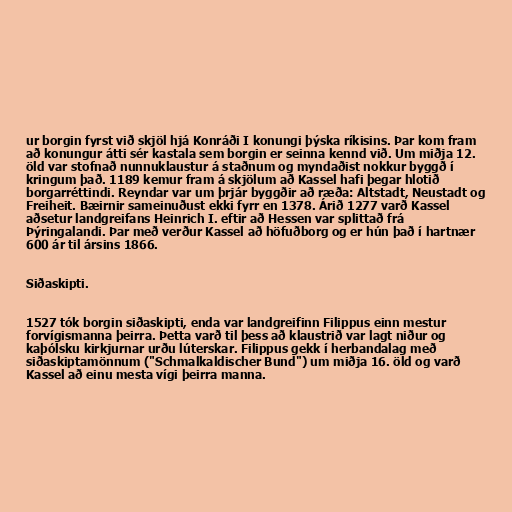
ur borgin fyrst við skjöl hjá Konráði I konungi þýska ríkisins. Þar kom fram
að konungur átti sér kastala sem borgin er seinna kennd við. Um miðja 12.
öld var stofnað nunnuklaustur á staðnum og myndaðist nokkur byggð í
kringum það. 1189 kemur fram á skjölum að Kassel hafi þegar hlotið
borgarréttindi. Reyndar var um þrjár byggðir að ræða: Altstadt, Neustadt og
Freiheit. Bæirnir sameinuðust ekki fyrr en 1378. Árið 1277 varð Kassel
aðsetur landgreifans Heinrich I. eftir að Hessen var splittað frá
Þýringalandi. Þar með verður Kassel að höfuðborg og er hún það í hartnær
600 ár til ársins 1866.

Siðaskipti.

1527 tók borgin siðaskipti, enda var landgreifinn Filippus einn mestur
forvígismanna þeirra. Þetta varð til þess að klaustrið var lagt niður og
kaþólsku kirkjurnar urðu lúterskar. Filippus gekk í herbandalag með
siðaskiptamönnum ("Schmalkaldischer Bund") um miðja 16. öld og varð
Kassel að einu mesta vígi þeirra manna.